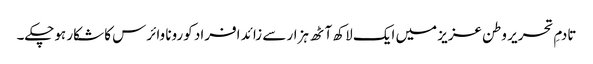
تادمِ تحریر وطن عزیز میں ایک لاکھ آٹھ ہزار سے زائد افراد کورونا وائرس کا شکار ہوچکے۔